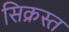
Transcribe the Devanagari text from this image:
सिक्रस्त